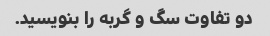
دو تفاوت سگ و گربه را بنویسید.